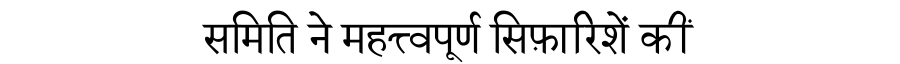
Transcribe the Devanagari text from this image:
समिति ने महत्त्वपूर्ण सिफ़ारिशें कीं